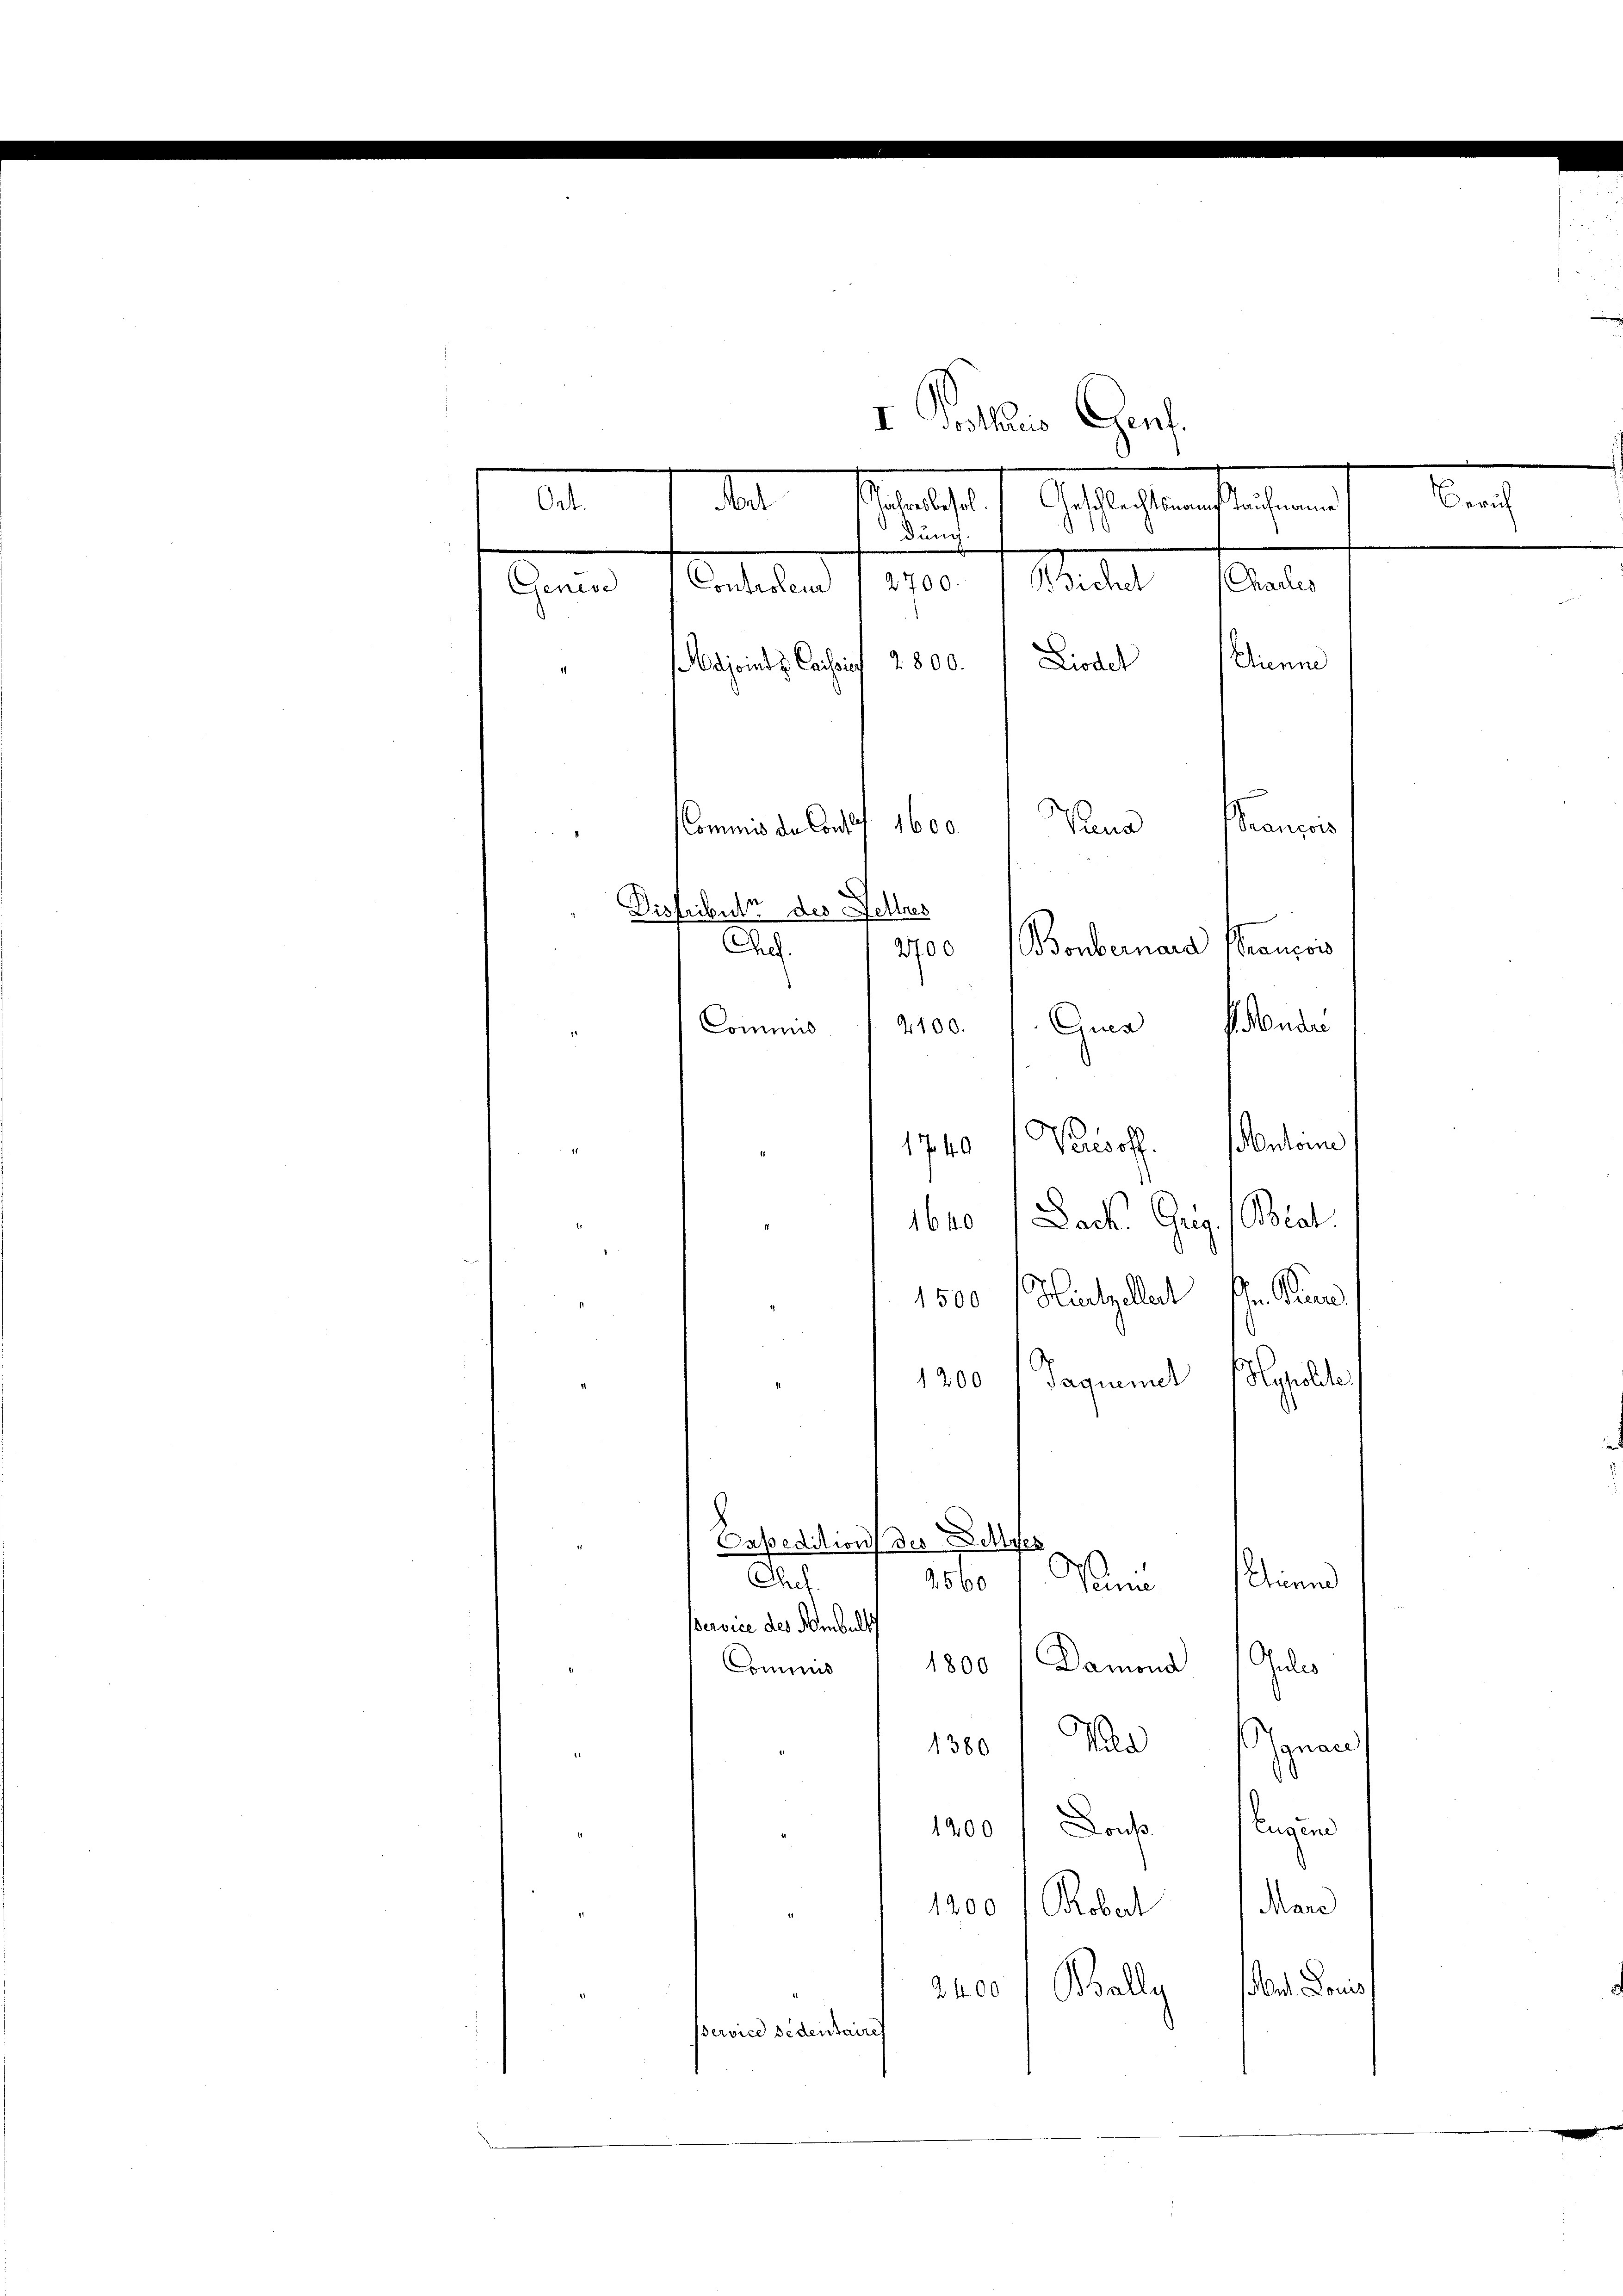
I Vollis Genf.
Mieten Geselbst, s. Gestalten tragen
dung.
Mitel unter
2700.
Controlem
Genese
2800. Liedel
Etienne
ejeindes Consin
1600.
Franzos
Sana
Kommis de Confl
I.
Distribute des Fettres
Chef.
2700 Bonbernara
rancois
Gondern
4100.
Gia
Commis
Antoine
Wusch.
1740
2
1
1640, Back. Grig. (Blat
1500 (Hitzellat Ihn Run
ghalde
Paquemet
1200
Bessedition des Sehlges
Chul
Nun
Chinne
560
Bervice des Hombelt
Damon Juli
1800
Commis
 1300 Mildenan
1900 f Don Eugen
1200 / Rober Mane
e Dein
Bally
2400
service Bedentaires

Ort.

Zürich